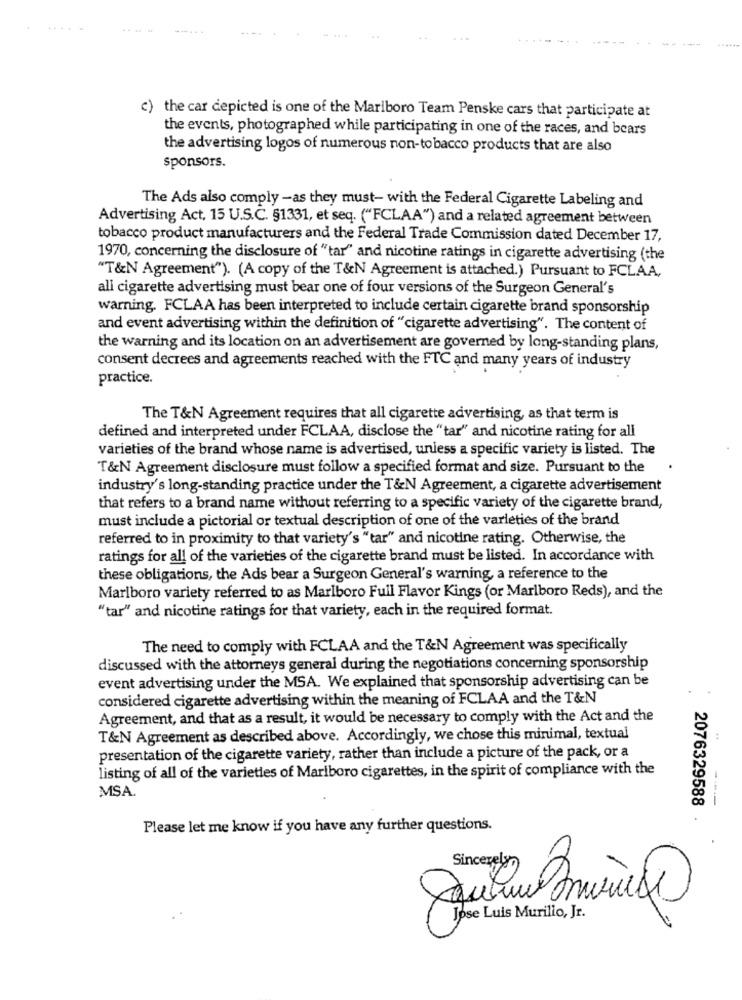
.....
c) the car depicted is one of the Marlboro Team Penske cars that participate at
the events, photographed while participating in one of the races, and bears
the advertising logos of numerous non-tobacco products that are also
sponsors.
The Ads also comply -as they must- with the Federal Cigarette Labeling and
Advertising Act, 15 U.S.C. §1331, et seq. ("FCLAA") and a related agreement between
tobacco product manufacturers and the Federal Trade Commission dated December 17,
1970, concerning the disclosure of "tar" and nicotine ratings in cigarette advertising (the
"T&N Agreement"). (A copy of the T&N Agreement is attached.) Pursuant to FCLAA,
all cigarette advertising must bear one of four versions of the Surgeon General's
warning. FCLAA has been interpreted to include certain cigarette brand sponsorship
and event advertising within the definition of "cigarette advertising". The content of
the warning and its location on an advertisement are governed by long-standing plans,
consent decrees and agreements reached with the FTC and many years of industry
practice.
The T&N Agreement requires that all cigarette advertising, as that term is
defined and interpreted under FCLAA, disclose the "tar" and nicotine rating for all
varieties of the brand whose name is advertised, unless a specific variety is listed. The
T&N Agreement disclosure must follow a specified format and size. Pursuant to the
industry's long-standing practice under the T&N Agreement, a cigarette advertisement
that refers to a brand name without referring to a specific variety of the cigarette brand,
must include a pictorial or textual description of one of the varieties of the brand
referred to in proximity to that variety's "tar" and nicotine rating. Otherwise, the
ratings for all of the varieties of the cigarette brand must be listed. In accordance with
these obligations, the Ads bear a Surgeon General's warning, a reference to the
Marlboro variety referred to as Marlboro Full Flavor Kings (or Marlboro Reds), and the
"tar" and nicotine ratings for that variety, each in the required format.
The need to comply with FCLAA and the T&N Agreement was specifically
discussed with the attorneys general during the negotiations concerning sponsorship
event advertising under the MSA. We explained that sponsorship advertising can be
considered cigarette advertising within the meaning of FCLAA and the T&N
Agreement, and that as a result, it would be necessary to comply with the Act and the
T&N Agreement as described above. Accordingly, we chose this minimal, textual
presentation of the cigarette variety, rather than include a picture of the pack, or a
listing of all of the varieties of Marlboro cigarettes, in the spirit of compliance with the
MSA.
2076329588
.
Please let me know if you have any further questions.
Sincerely
Jose Luis Murillo, Jr.